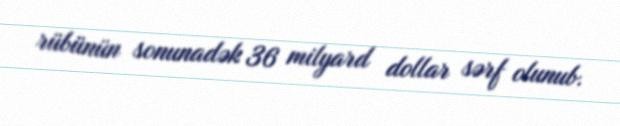
rübünün sonunadək 36 milyard dollar sərf olunub.